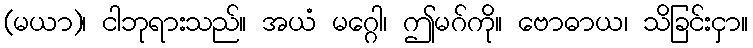
(မယာ)၊ ငါဘုရားသည်။ အယံ မဂ္ဂေါ၊ ဤမဂ်ကို။ ဗောဓာယ၊ သိခြင်းငှာ။